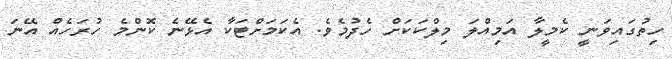
ހިތުގައިވަނީ ކެމީލާ އަމިއްލަ މިލްކަކަށް ހެދުމެވެ. އެކަމަށްޓަކާ އެޅޭނެ ކޮންމެ ހުރަހެއް އޭނަ